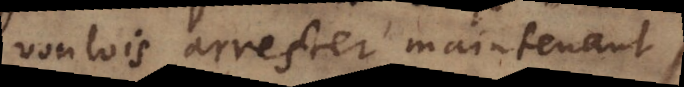
voulois arrester maintenant.